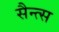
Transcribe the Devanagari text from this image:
सैन्त्स